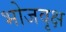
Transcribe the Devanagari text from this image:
भोजवृक्ष